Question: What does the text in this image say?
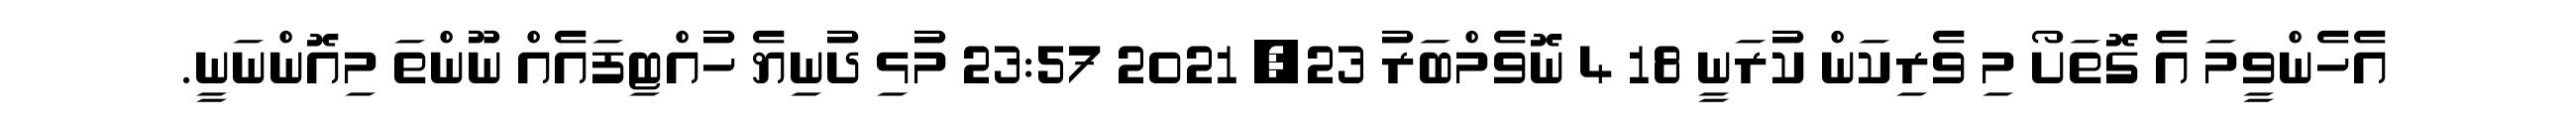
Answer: އެހެންވީމަ އެ ގޮތަށޯ މި ވެރިކަން ކުރަނީ 18 4 ނޮވެމްބަރު 23, 2021 23:57 މުޅި ދުނިޔެ ހުއްޓިފައެއް ނޫންތަ މިއޮންނަނީ.